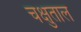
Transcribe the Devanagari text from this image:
चक्षुताल